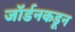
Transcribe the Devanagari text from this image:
जॉर्डनकडून